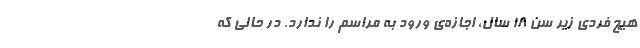
هیچ فردی زیر سن ۱۸ سال، اجازه‌ی ورود به مراسم را ندارد. در حالی که